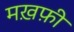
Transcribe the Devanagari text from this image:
मख़फ़ी